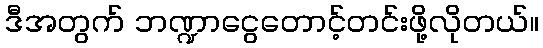
ဒီအတွက် ဘဏ္ဍာငွေတောင့်တင်းဖို့လိုတယ်။